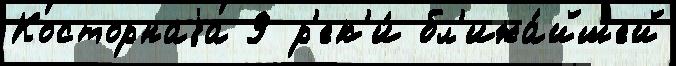
Косторнаjа 9 р'ек'и́ бл'ижа́йшей